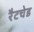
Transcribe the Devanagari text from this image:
रैटचेड